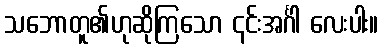
သဘောတူ၏ဟုဆိုကြသော ၎င်းအင်္ဂါ လေးပါး။